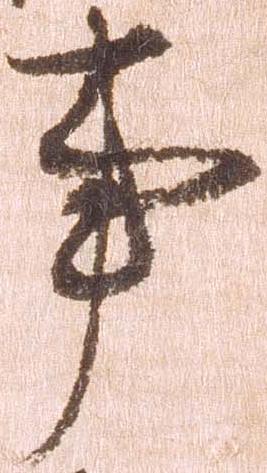
事